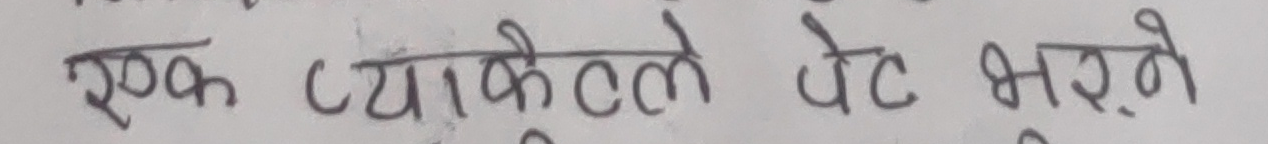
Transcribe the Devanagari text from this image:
एक प्याकेले पेट भरने